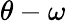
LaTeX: \theta-\omega